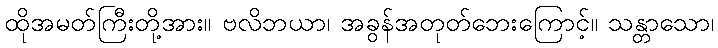
ထိုအမတ်ကြီးတို့အား။ ဗလိဘယာ၊ အခွန်အတုတ်ဘေးကြောင့်။ သန္တာသော၊